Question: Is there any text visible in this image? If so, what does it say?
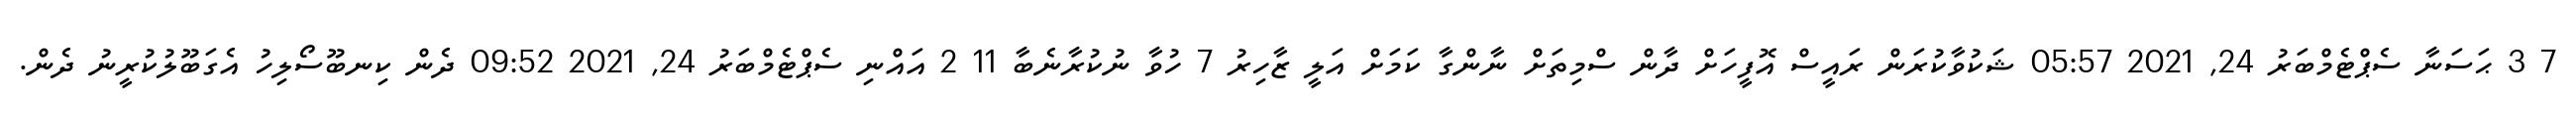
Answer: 7 3 ޙަސަނާ ސެޕްޓެމްބަރު 24, 2021 05:57 ޝަކުވާކުރަން ރައީސް އޮފީހަށް ދާން ސްމިތަށް ނާންގާ ކަމަށް އަލީ ޒާހިރު 7 ހުވާ ނުކުރާނެބާ 11 2 އައްނި ސެޕްޓެމްބަރު 24, 2021 09:52 ދެން ކިނބޫސޯލިހު އެގަބޫލުކުރީނު ދެން.